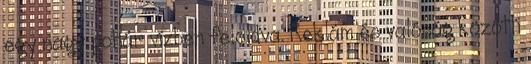
egy nagy pohár vízben feloldva. Reklám és valóság közötti